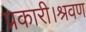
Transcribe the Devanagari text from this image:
प्रकारी।श्रवण